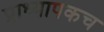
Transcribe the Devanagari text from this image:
प्राध्यापकच